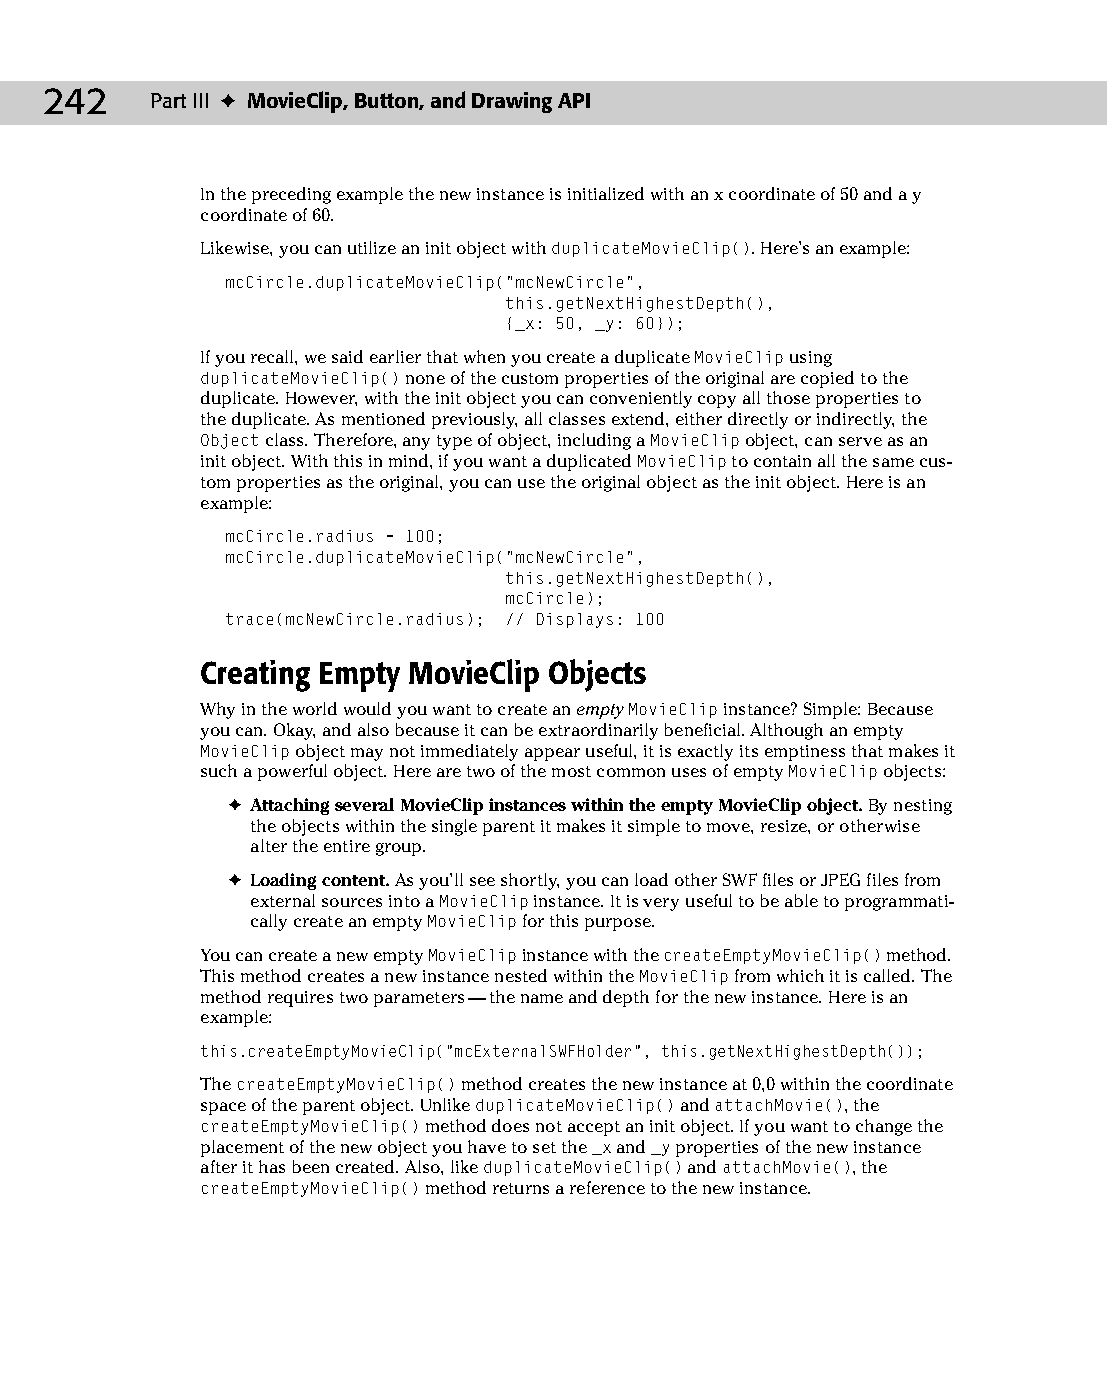
13 543547 ch09.qxd 3/24/04 3:49 PM Page 242
 242    Part III ✦ MovieClip, Button, and Drawing API
 In the preceding example the new instance is initialized with an x coordinate of 50 and a y
 coordinate of 60.
 Likewise, you can utilize an init object with duplicateMovieClip(). Here’s an example:
 mcCircle.duplicateMovieClip(“mcNewCircle”,
 this.getNextHighestDepth(),
 {_x: 50, _y: 60});
 If you recall, we said earlier that when you create a duplicate MovieClip using
 duplicateMovieClip() none of the custom properties of the original are copied to the
 duplicate. However, with the init object you can conveniently copy all those properties to
 the duplicate. As mentioned previously, all classes extend, either directly or indirectly, the
 Object class. Therefore, any type of object, including a MovieClip object, can serve as an
 init object. With this in mind, if you want a duplicated MovieClip to contain all the same cus­
 tom properties as the original, you can use the original object as the init object. Here is an
 example:
 mcCircle.radius = 100;
 mcCircle.duplicateMovieClip(“mcNewCircle”,
 this.getNextHighestDepth(),
 mcCircle);
 trace(mcNewCircle.radius); // Displays: 100
 Creating Empty MovieClip Objects
 Why in the world would you want to create an empty MovieClip instance? Simple: Because
 you can. Okay, and also because it can be extraordinarily beneficial. Although an empty
 MovieClip object may not immediately appear useful, it is exactly its emptiness that makes it
 such a powerful object. Here are two of the most common uses of empty MovieClip objects:
 ✦ Attaching several MovieClip instances within the empty MovieClip object. By nesting
 the objects within the single parent it makes it simple to move, resize, or otherwise
 alter the entire group.
 ✦ Loading content. As you’ll see shortly, you can load other SWF files or JPEG files from
 external sources into a MovieClip instance. It is very useful to be able to programmati­
 cally create an empty MovieClip for this purpose.
 You can create a new empty MovieClip instance with the createEmptyMovieClip() method.
 This method creates a new instance nested within the MovieClip from which it is called. The
 method requires two parameters — the name and depth for the new instance. Here is an
 example:
 this.createEmptyMovieClip(“mcExternalSWFHolder”, this.getNextHighestDepth());
 The createEmptyMovieClip() method creates the new instance at 0,0 within the coordinate
 space of the parent object. Unlike duplicateMovieClip() and attachMovie(), the
 createEmptyMovieClip() method does not accept an init object. If you want to change the
 placement of the new object you have to set the _x and _y properties of the new instance
 after it has been created. Also, like duplicateMovieClip() and attachMovie(), the
 createEmptyMovieClip() method returns a reference to the new instance.